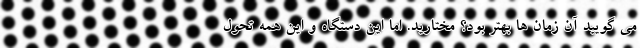
می گویید آن زمان ها بهتر بود؟ مختارید. اما این دستگاه و این همه تحول